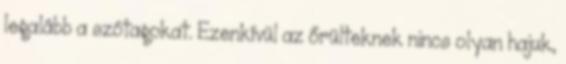
legalább a szótagokat. Ezenkívül az őrülteknek nincs olyan hajuk,